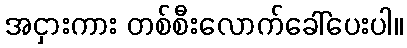
အငှားကား တစ်စီးလောက်ခေါ်ပေးပါ။